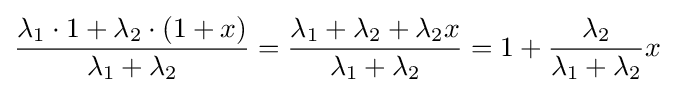
{\dfrac {\lambda _{1}\cdot 1+\lambda _{2}\cdot (1+x)}{\lambda _{1}+\lambda _{2}}}={\dfrac {\lambda _{1}+\lambda _{2}+\lambda _{2}x}{\lambda _{1}+\lambda _{2}}}=1+{\dfrac {\lambda _{2}}{\lambda _{1}+\lambda _{2}}}x